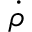
\dot { \rho }